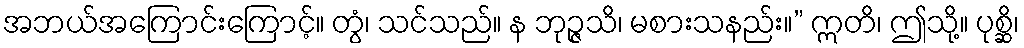
အဘယ်အကြောင်းကြောင့်။ တွံ၊ သင်သည်။ န ဘုဉ္ဇသိ၊ မစားသနည်း။” ဣတိ၊ ဤသို့။ ပုစ္ဆိ၊